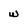
Character: w